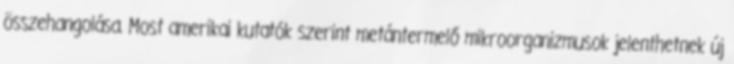
összehangolása. Most amerikai kutatók szerint metántermelő mikroorganizmusok jelenthetnek új